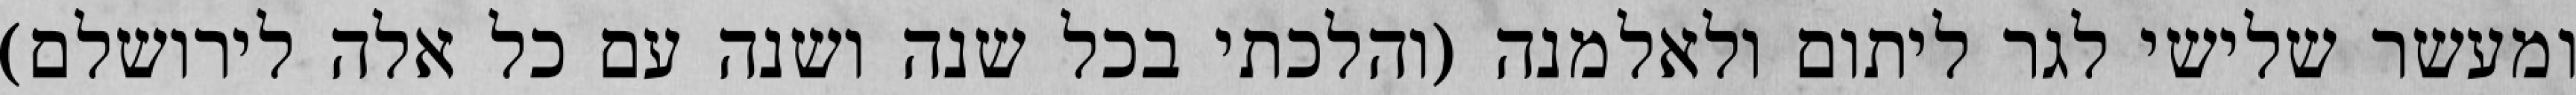
ומעשר שלישי לגר ליתום ולאלמנה (והלכתי בכל שנה ושנה עם כל אלה לירושלם)